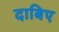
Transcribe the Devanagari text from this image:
दाबिए